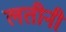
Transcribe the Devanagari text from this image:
लतीनी